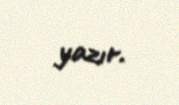
yazır.